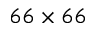
6 6 \times 6 6